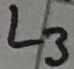
Text: L3